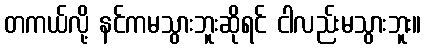
တကယ်လို့ နင်ကမသွားဘူးဆိုရင် ငါလည်းမသွားဘူး။